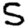
Digit: 5